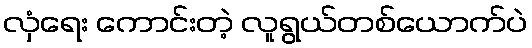
လှံရေး ကောင်းတဲ့ လူရွယ်တစ်ယောက်ပဲ